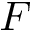
F